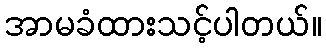
အာမခံထားသင့်ပါတယ်။